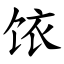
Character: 饻